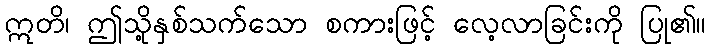
ဣတိ၊ ဤသို့နှစ်သက်သော စကားဖြင့် လေ့လာခြင်းကို ပြု၏။